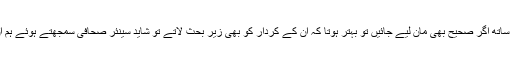
جو معمولی اختلافات کے ساتھ اگر صحیح بھی مان لیے جائیں تو بہتر ہوتا کہ ان کے کردار کو بھی زیر بحث لاتے تو شاید سینئر صحافی سمجھتے ہوئے ہم ان کی باتیں ہضم کر لیتے۔